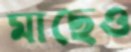
মাছেও